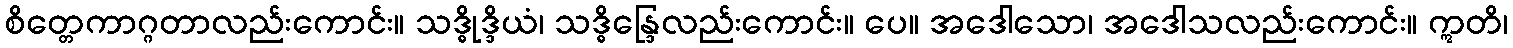
စိတ္တေကာဂ္ဂတာလည်းကောင်း။ သဒ္ဓိုဒ္ဒိယံ၊ သဒ္ဓိန္ဒြေလည်းကောင်း။ ပေ။ အဒေါသော၊ အဒေါသလည်းကောင်း။ ဣတိ၊